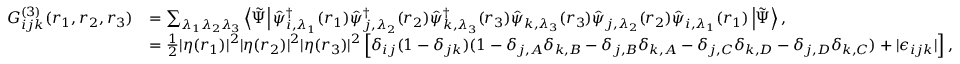
\begin{array} { r l } { G _ { i j k } ^ { ( 3 ) } ( \boldsymbol { r } _ { 1 } , \boldsymbol { r } _ { 2 } , \boldsymbol { r } _ { 3 } ) } & { = \sum _ { \lambda _ { 1 } \lambda _ { 2 } \lambda _ { 3 } } \left\langle \tilde { \Psi } \right| \hat { \psi } _ { i , \lambda _ { 1 } } ^ { \dagger } ( \boldsymbol { r } _ { 1 } ) \hat { \psi } _ { j , \lambda _ { 2 } } ^ { \dagger } ( \boldsymbol { r } _ { 2 } ) \hat { \psi } _ { k , \lambda _ { 3 } } ^ { \dagger } ( \boldsymbol { r } _ { 3 } ) \hat { \psi } _ { k , \lambda _ { 3 } } ( \boldsymbol { r } _ { 3 } ) \hat { \psi } _ { j , \lambda _ { 2 } } ( \boldsymbol { r } _ { 2 } ) \hat { \psi } _ { i , \lambda _ { 1 } } ( \boldsymbol { r } _ { 1 } ) \left| \tilde { \Psi } \right\rangle , } \\ & { = \frac { 1 } { 2 } | \eta ( \boldsymbol { r } _ { 1 } ) | ^ { 2 } | \eta ( \boldsymbol { r } _ { 2 } ) | ^ { 2 } | \eta ( \boldsymbol { r } _ { 3 } ) | ^ { 2 } \left[ \delta _ { i j } ( 1 - \delta _ { j k } ) ( 1 - \delta _ { j , A } \delta _ { k , B } - \delta _ { j , B } \delta _ { k , A } - \delta _ { j , C } \delta _ { k , D } - \delta _ { j , D } \delta _ { k , C } ) + | \epsilon _ { i j k } | \right] , } \end{array}